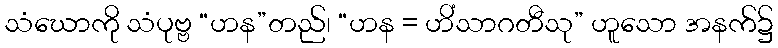
သံဃောကို သံပုဗ္ဗ “ဟန”တည်၊ “ဟန = ဟိံသာဂတီသု” ဟူသော အနက်၌